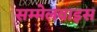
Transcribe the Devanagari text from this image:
सम्मेलवाइस